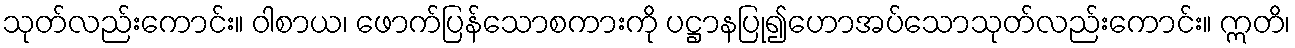
သုတ်လည်းကောင်း။ ဝါစာယ၊ ဖောက်ပြန်သောစကားကို ပဋ္ဌာနပြု၍ဟောအပ်သောသုတ်လည်းကောင်း။ ဣတိ၊